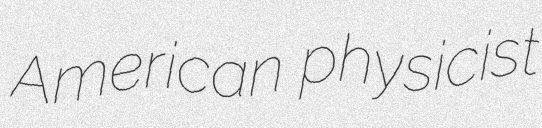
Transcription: American physicist